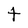
Character: t